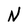
Character: N